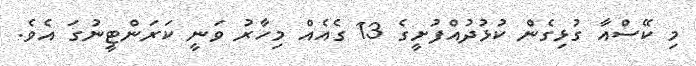
މި ކޭސްއާ ގުޅިގެން ކުޅުދުއްފުށީގެ 13 ގެއެއް މިހާރު ވަނީ ކަރަންޓީނުގަ އެވެ.